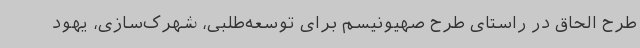
طرح الحاق در راستای طرح صهیونیسم برای توسعه‌طلبی، شهرک‌سازی، یهود